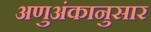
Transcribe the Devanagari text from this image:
अणुअंकानुसार